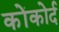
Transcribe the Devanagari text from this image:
कोंकोर्द